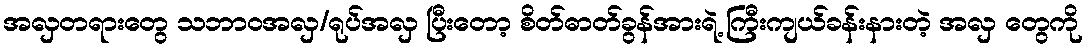
အလှတရားတွေ သဘာဝအလှ/ရုပ်အလှ ပြီးတော့ စိတ်ဓာတ်ခွန်အားရဲ့ ကြီးကျယ်ခန်းနားတဲ့ အလှ တွေကို